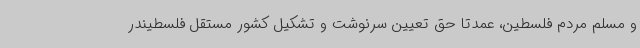
و مسلم مردم فلسطین، عمدتا حق تعیین سرنوشت و تشکیل کشور مستقل فلسطیندر